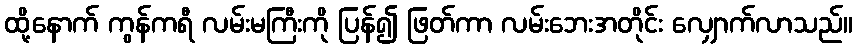
ထို့နောက် ကွန်ကရီ လမ်းမကြီးကို ပြန်၍ ဖြတ်ကာ လမ်းဘေးအတိုင်း လျှောက်လာသည်။